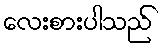
လေးစားပါသည်